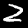
Label: 2